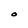
Character: O